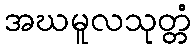
အဃမူလသုတ္တံ